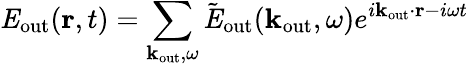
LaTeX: {\mathit E}_{\mathrm{out}}({\mathbf r},t)=\sum_{{\mathbf k}_{\mathrm{out}},\omega}\tilde{\mathit E}_{\mathrm{out}}({\mathbf k}_{\mathrm{out}},\omega)e^{i{\mathbf k}_{\mathrm{out}}\cdot{\mathbf r}-i\omega t}